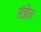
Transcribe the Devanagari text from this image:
तंडेल